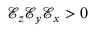
\mathcal { E } _ { z } \mathcal { E } _ { y } \mathcal { E } _ { x } > 0